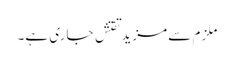
ملزم سے مزیدتفتش جاری ہے۔